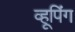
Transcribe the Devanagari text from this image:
व्हूपिंग